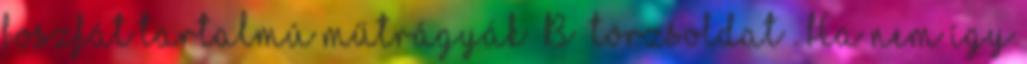
foszfát tartalmú műtrágyák “B” törzsoldat . Ha nem így